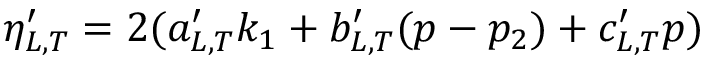
\eta _ { L , T } ^ { \prime } = 2 ( a _ { L , T } ^ { \prime } k _ { 1 } + b _ { L , T } ^ { \prime } ( p - p _ { 2 } ) + c _ { L , T } ^ { \prime } p )